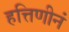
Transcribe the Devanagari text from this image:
हत्तिणीनं